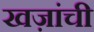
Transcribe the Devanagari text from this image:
खज़ांची